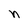
Character: n